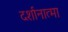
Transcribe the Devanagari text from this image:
दर्शानात्मा